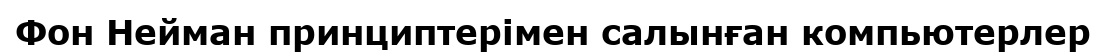
Фон Нейман принциптерімен салынған компьютерлер